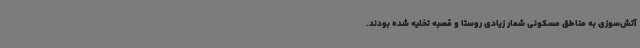
آتش‌سوزی به مناطق مسکونی شمار زیادی روستا و قصبه تخلیه شده بودند.